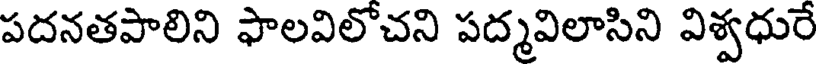
పదనతపాలిని ఫాలవిలోచని పద్మవిలాసిని విశ్వధురే